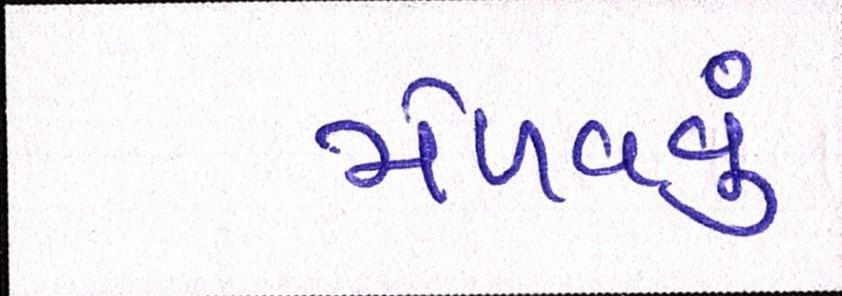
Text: મેળવવું